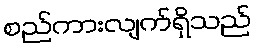
စည်ကားလျက်ရှိသည်